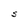
Character: S